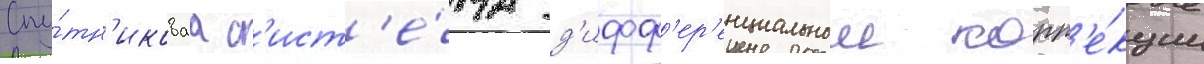
Спу́тн'иковаа с'ист'е́ма д'ифф'ер'енциальнои корр'е́кции